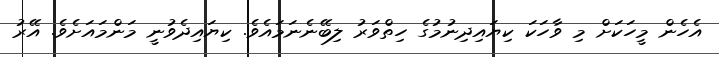
އެހެން މީހަކަށް މި ވާހަކަ ކިޔައިދިނުމުގެ ހިތްވަރު ލިބޭނެނަމައެވެ. ކިޔައިދެވުނީ މަންމައަށެވެ. އޭރު